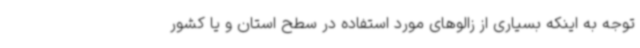
توجه به اینکه بسیاری از زالوهای مورد استفاده در سطح استان و یا کشور